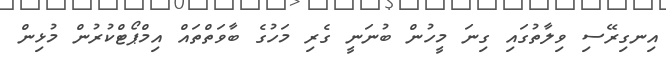
އިނގިރޭސި ވިލާތުގައި ގިނަ މީހުން ބުނަނީ ގެރި މަހުގެ ބާވަތްތައް އިމްޕޯޓްކުރުން މުޅިން